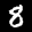
Label: 8